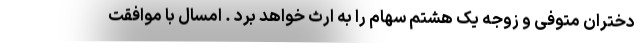
دختران متوفی و زوجه یک هشتم سهام را به ارث خواهد برد . امسال با موافقت